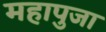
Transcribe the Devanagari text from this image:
महापुजा